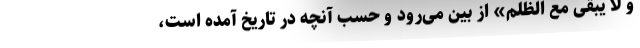
و لا یبقی مع‌ الظلم» از بین می‌رود و حسب آنچه در تاریخ آمده است،